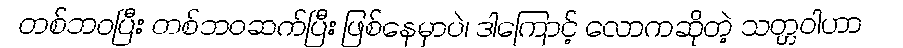
တစ်ဘဝပြီး တစ်ဘဝဆက်ပြီး ဖြစ်နေမှာပဲ၊ ဒါကြောင့် လောကဆိုတဲ့ သတ္တဝါဟာ